Scottish Leaving Certificate Examination, 1953
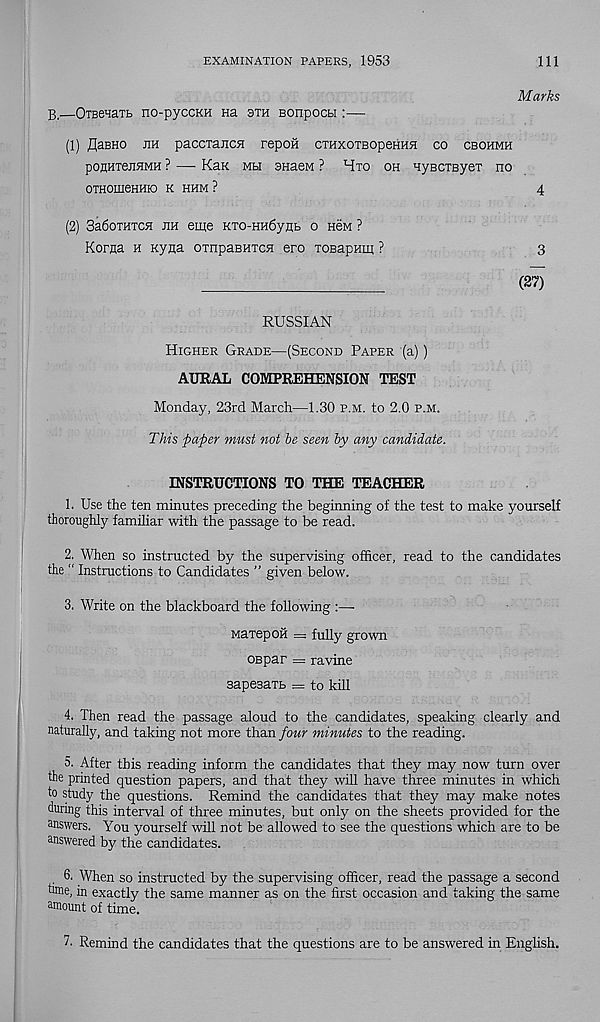
EXAMINATION PAPERS, 1953
111
Marks
B i —OTBenaTb no-pyccKH na sth Bonpocbi:—
(1) flaBHO EH paCCTaECH repOH CTHXOTBOpeHHH CO CBOHMH
ponHtejiHMH ? —- Kan mh snaeM ? Hto oh HyBCTByex no
OTHOIIieHHK) K HHM?
4
(2) 3a6oTHTCH eh eme KTO-HH6yHb o hom ?
Korna h Kyna OTnpaBHTCH ero TOBapum ?
3
(27)
RUSSIAN
Higher Grade—(Second Paper (a))
AURAL COMPREHENSION TEST
Monday, 23rd March—1.30 p.m. to 2.0 p.m.
This paper must not he seen by any candidate.
INSTRUCTIONS TO THE TEACHER
1. Use the ten minutes preceding the beginning of the test to make yourself
thoroughly famihar with the passage to be read.
2. When so instructed by the supervising officer, read to the candidates
the “ Instructions to Candidates ” given below.
3. Write on the blackboard the following :—
MaTepoii = fully grown
ospar = ravine
sapeaaTb = to kill
4. Then read the passage aloud to the candidates, speaking clearly and
naturally, and taking not more than four minutes to the reading.
5. After this reading inform the candidates that they may now turn over
the printed question papers, and that they will have three minutes in which
to study the questions. Remind the candidates that they may make notes
during this interval of three minutes, but only on the sheets provided for the
answers. You yourself will not be allowed to see the questions which are to be
answered by the candidates.
6. When so instructed by the supervising officer, read the passage a second
tnne, in exactly the same manner as on the first occasion and taking the same
amount of time.
7- Remind the candidates that the questions are to be answered in English.